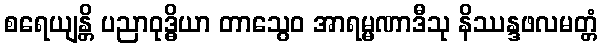
စရေယျန္တိ ပညာဝုဒ္ဓိယာ တာသွေဝ အာရမ္မဏာဒီသု နိဿန္ဒဖလမတ္တံ